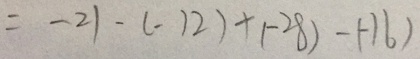
= - 2 1 - ( - 1 2 ) + ( - 2 8 ) - ( - 1 6 )